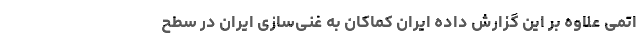
اتمی علاوه بر این گزارش داده ایران کماکان به غنی‌سازی ایران در سطح